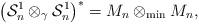
LaTeX: \begin{align*}\bigl(\mathcal S^1_n\otimes_\gamma \mathcal S^1_n\bigr)^* =M_n\otimes_{\rm min} M_n,\end{align*}